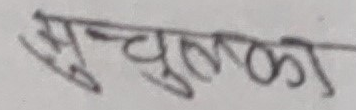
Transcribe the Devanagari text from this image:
सुल्का